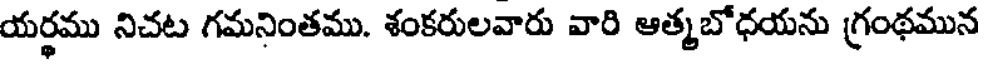
యర్థము నిచట గమనింతము. శంకరులవారు వారి ఆత్మబోధయను గ్రంథమున